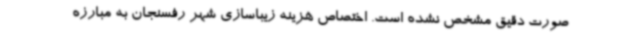
صورت دقیق مشخص نشده است. اختصاص هزینه زیباسازی شهر رفسنجان به مبارزه